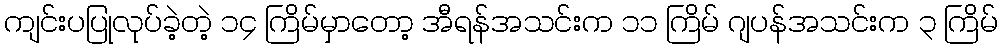
ကျင်းပပြုလုပ်ခဲ့တဲ့ ၁၄ ကြိမ်မှာတော့ အီရန်အသင်းက ၁၁ ကြိမ် ဂျပန်အသင်းက ၃ ကြိမ်